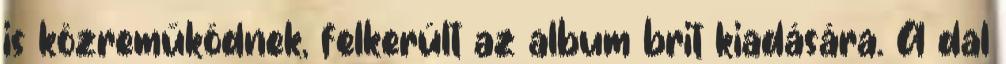
is közreműködnek, felkerült az album brit kiadására. A dal